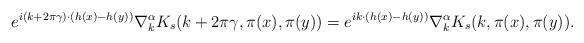
LaTeX: \begin{align*}e^{i(k+2\pi \gamma)\cdot(h(x)-h(y))}\nabla_{k}^{\alpha}K_s(k+2\pi \gamma,\pi(x),\pi(y))=e^{ ik\cdot(h(x)-h(y))}\nabla_{k}^{\alpha}K_s(k,\pi(x),\pi(y)).\end{align*}